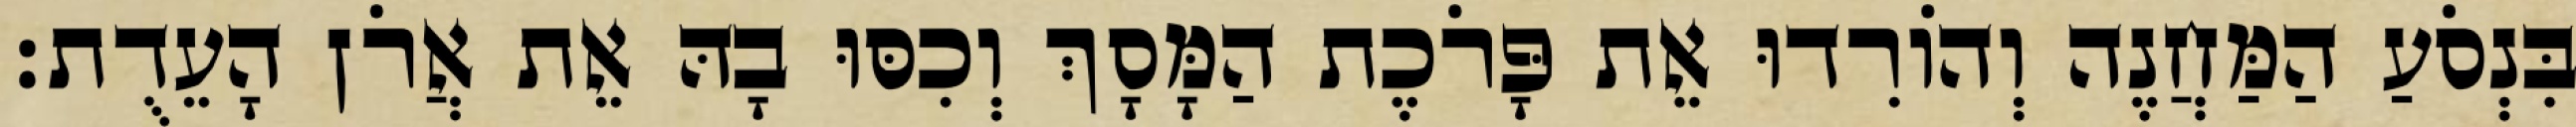
בִּנְסֹעַ הַמַּחֲנֶה וְהוֹרִדוּ אֵת פָּרֹכֶת הַמָּסָךְ וְכִסּוּ בָהּ אֵת אֲרֹן הָעֵדֻת׃